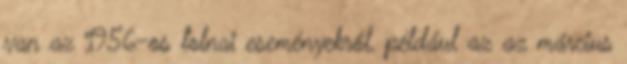
van az 1956-os tolnai eseményekről, például az az március